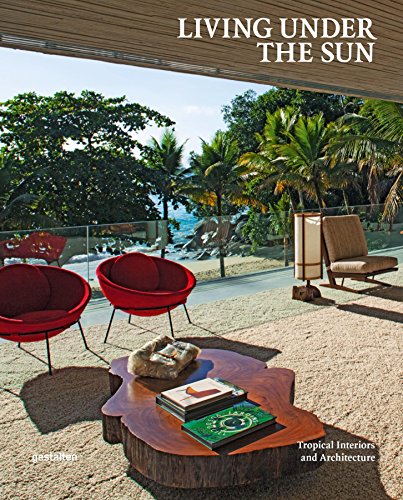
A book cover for Living Under the Sun: Tropical Interiors and Architecture; Arts & Photography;